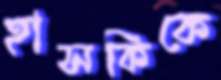
হাসকিকে